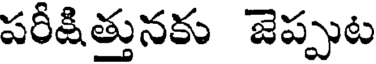
పరీక్షిత్తునకు జెప్పుట